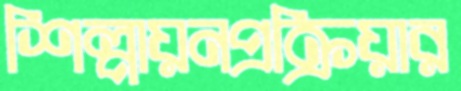
শিল্পায়নপ্রক্রিয়ার